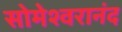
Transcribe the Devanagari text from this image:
सोमेश्वरानंद